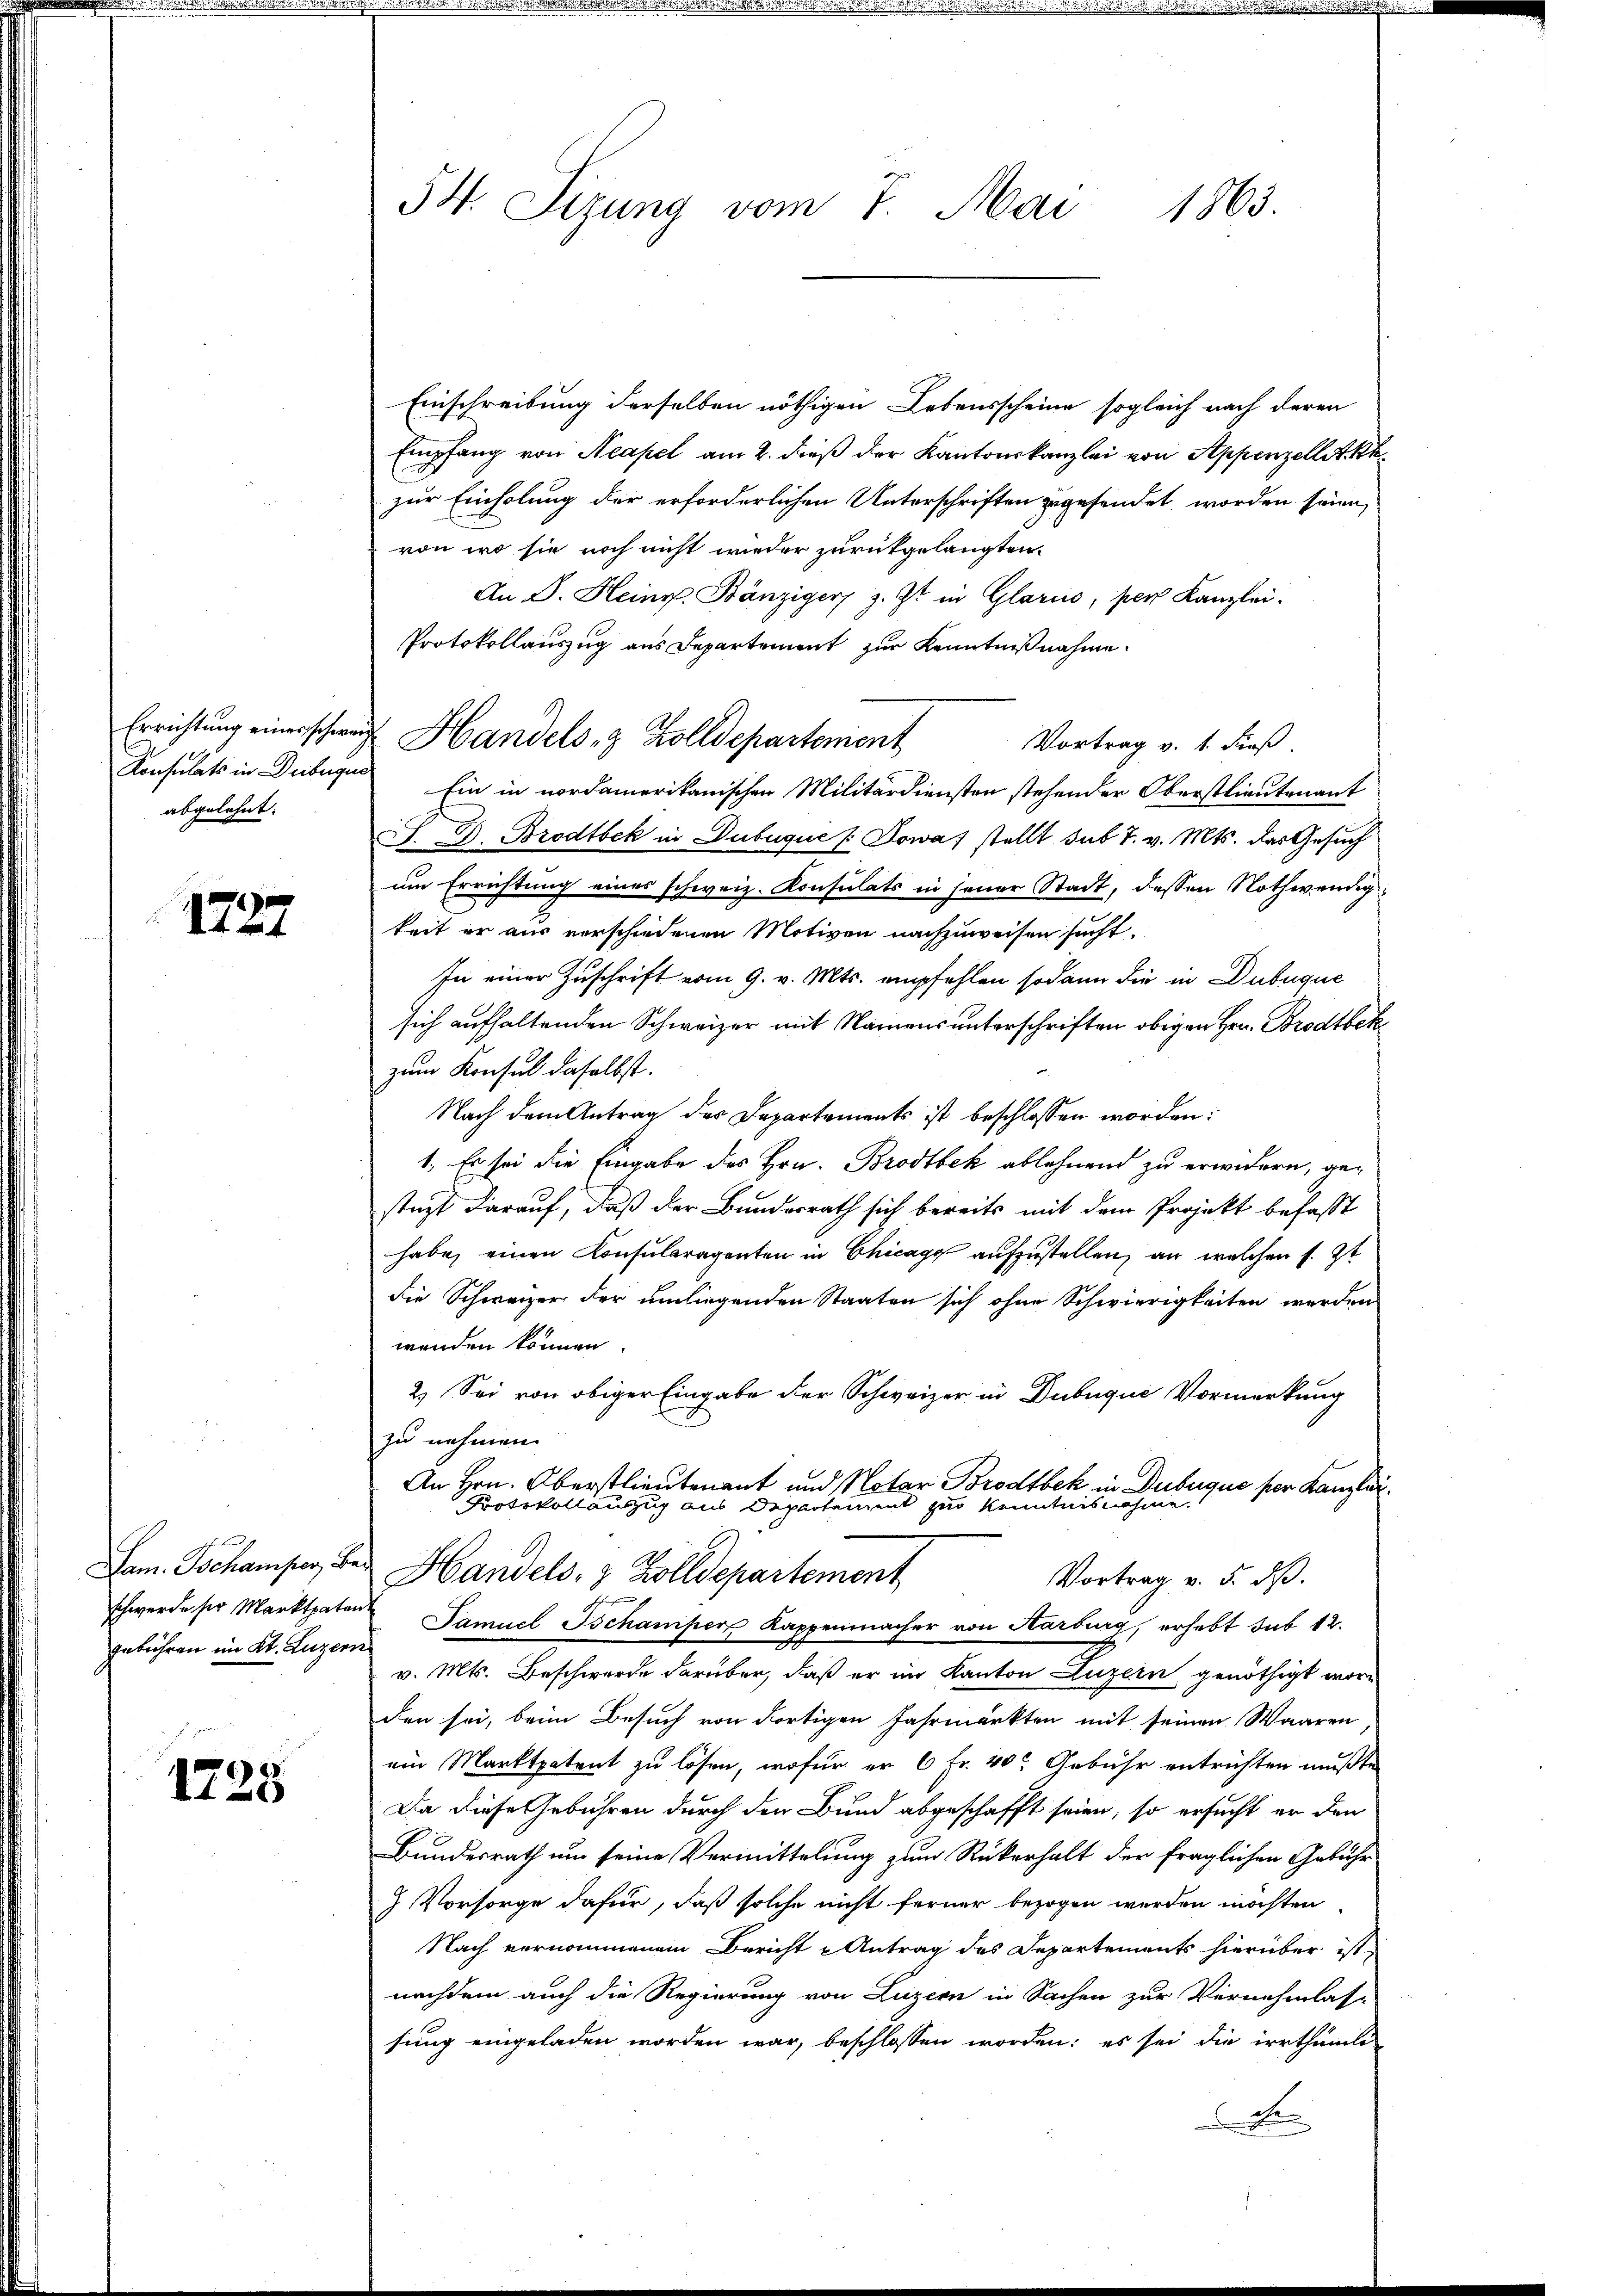
Errichtung einer schweiz
Konsulats in Debuque
abgelehnt.

1227

Dam. Schamper, Be
schwerde ser Marktpaten.
gebühren im Kt. Luzern

1725

54. Sizung vom 7. Mai 1865.

Handels- & Zolldepartement

Einschreibung derselben nöthigen Lebensscheine sogleich nach deren
Empfang von Neapel am 2. dieß der Kantonskanzlei von Appenzellet ke
zur Einholung der erforderlichen Unterschriften zugesendet worden sein,
von wo sie noch nicht wieder zurükgelangten
An D. Heinr. Bänziger z. Zt. in Glarus, per Kanzlei.
Protokollauszug aus Departement zur Kenntnißnahme.
Vortrag v. 1. Fuß.
Ein in nordamerikanischen Militärdiensten stehender Oberstlieutenant
S. D. Brodtbek in Dubugue / Sowas stellt sub 7. v. Mts. das Gesuch
um Errichtung eines schweiz. Konsulats in jener Stadt, dessen Nothwendig
keit er aus verschiedenen Motiven nachzuweisen sucht.
In einer Zuschrift vom 9. v. Mts. empfehlen sodann die in Dubuque
sich aufhaltenden Schweizer mit Namens unterschriften obigen Hrn. Brodtbekzum Konsul daselbst.
Nach dem Antrag des Departements ist beschlossen worden:
1. Es sei die Eingabe des Hrn. Brodtbek ablehnend zu erwidern, gestüzt darauf, daß der Bundesrath sich bereits mit dem Projekt befaßt
habe, einen Konsularagenten in Chicago aufzustellen, an welchen s. Zt
die Schweizer der umliegenden Staaten sich ohne Schwierigkeiten werden
wenden können.
2.) Sei von obiger Eingabe der Schweizer in Dubuque Vormerkung
zu nehmen.
An Hrn. Oberstlieutenant und Notar Brodtbek in Dubuque per Kanzlei¬
Protokollauszug aus Departement zur Kenntnisnahme.
Handels- & Zolldepartement
Vortrag v. 5. ds.
f
Samuel Ischamper Kappenmacher von Aarburg, erhebt sub 12.
v. Mts. Beschwerde darüber, daß er im Kanton Luzern genöthigt worden sei, beim Besuch von Fortigen Jahrmärkten mit seinen Waaren
ein Marktpatent zu lösen, wofür er 6 Fr. 40 Gebühr entrichten mußte
Da diese Gebühren durch den Bund abgeschafft seien, so ersucht er den
Bundesrath um seine Vermittelung zum Rükerhalt der fraglichen Gebühr
 Vorsorge dafür, daß solche nicht ferner bezogen werden möchten
Nach vernommenem Bericht u Antrag des Departements hierüber ist
nachdem auch die Regierung von Luzern in Sachen zur Vernehmlasse
sung eingeladen worden war, beschlossen worden; es sei die irrthümli
Be